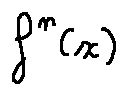
f ^ { n } ( x )